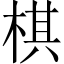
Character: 棋